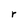
Character: r